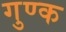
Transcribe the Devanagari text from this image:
गुण्क